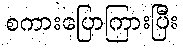
စကားပြောကြားပြီး